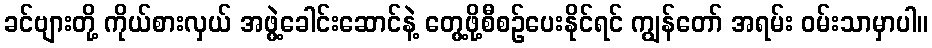
ခင်ဗျားတို့ ကိုယ်စားလှယ် အဖွဲ့ခေါင်းဆောင်နဲ့ တွေ့ဖို့စီစဉ်ပေးနိုင်ရင် ကျွန်တော် အရမ်း ဝမ်းသာမှာပါ။